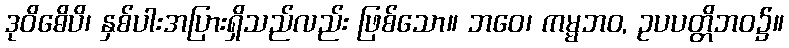
ဒုဝိဓေိပိ၊ နှစ်ပါးအပြားရှိသည်လည်း ဖြစ်သော။ ဘဝေ၊ ကမ္မဘဝ, ဥပပတ္တိဘဝ၌။